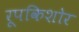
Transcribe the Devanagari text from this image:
रूपकिशोर